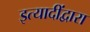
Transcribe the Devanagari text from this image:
इत्यादींद्वारा